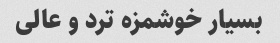
بسیار خوشمزه ترد و عالی